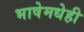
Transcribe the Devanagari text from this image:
भाषेमधेही